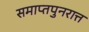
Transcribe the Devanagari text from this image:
समाप्तपुनरात्त